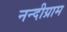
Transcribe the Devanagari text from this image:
नन्दीग्राम